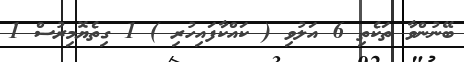
ބޭނުންވާ ތަކެތި 6 އަލުވި ( ކައްކާފައިހުރި ) 1 ގިތެޔޮމިރުސް 1